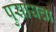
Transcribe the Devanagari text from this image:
पुसायचा